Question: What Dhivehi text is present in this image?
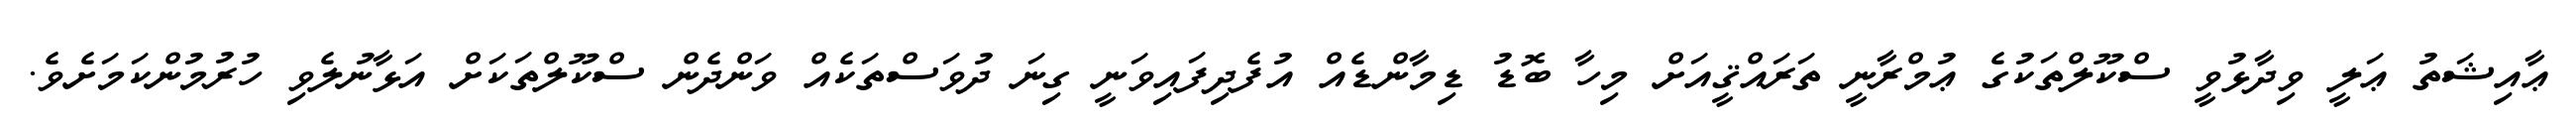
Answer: ޢާއިޝަތު ޢަލީ ވިދާޅުވީ ސްކޫލްތަކުގެ ޢުމްރާނީ ތަރައްޤީއަށް މިހާ ބޮޑު ޑިމާންޑެއް އުފެދިފައިވަނީ ގިނަ ދުވަސްތަކެއް ވަންދެން ސްކޫލްތަކަށް އަޅާނުލެވި ހުރުމުންކަމަށެވެ.